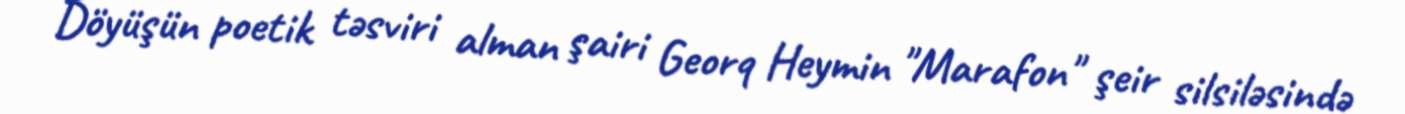
Döyüşün poetik təsviri alman şairi Georq Heymin "Marafon" şeir silsiləsində